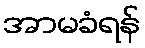
အာမခံရန်